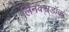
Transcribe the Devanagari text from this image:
लिनक्सडॉक